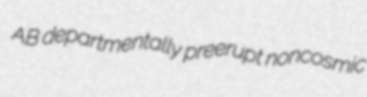
AB departmentally preerupt noncosmic